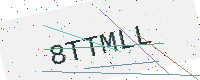
Text: 8TTMLL